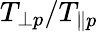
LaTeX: T_{\perp p}/T_{\parallel p}